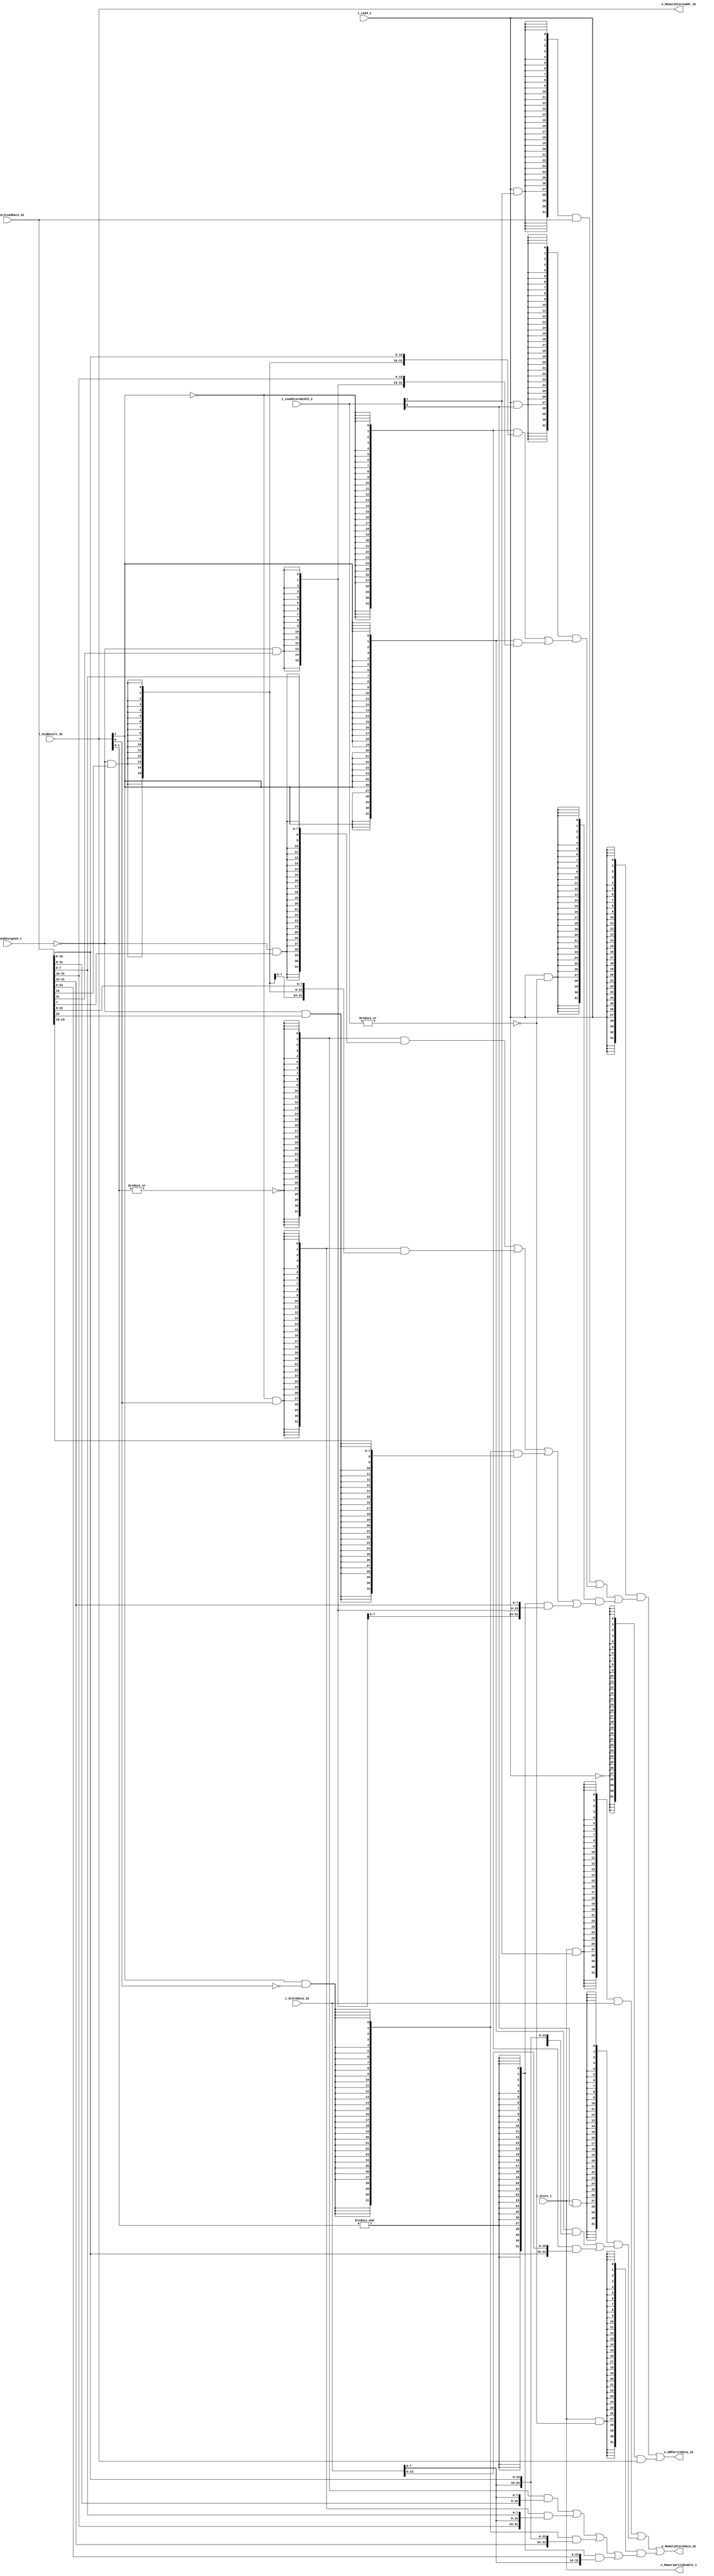
module memory(

	// ALU					(Signals input from ALU)	
	input [31:0]	i_ALUResult_32,

	// DECODE				(Signals input from DECODE)
	input			i_Load_1,
	input			i_Store_1,
	input			i_LoadUnsigned_1,
	input [ 1:0]	i_LoadStoreWidth_2,
	input [31:0]	i_StoreData_32,

	// 					(Signals input from memory)	
	input [31:0]	i_MemoryLoadData_32,
	
	// 					(Signals output to memory)
	output[31:0]	o_MemoryStoreAddr_32,
	output[31:0]	o_MemoryStoreData_32,
	output				o_MemoryWriteEnable_1,

	// WB				(Signals output to WB)
	output[31:0]	o_GRFWriteData_32
);

wire SW,SH,SB,LW,LH,LB;
wire [31:0]		SHData;
wire [31:0]		SBData;
wire [31:0]		LHData;
wire [31:0]		LBData;
wire [31:0]		DataWriteToGRF;
wire [31:0]		DataWriteToMem;
wire [31:0]		LoadData;

assign SW = i_Store_1 & i_LoadStoreWidth_2[1];
assign SH = i_Store_1 & i_LoadStoreWidth_2[0];
assign SB = i_Store_1 & ~|i_LoadStoreWidth_2;

assign LW = i_Load_1 & i_LoadStoreWidth_2[1];
assign LH = i_Load_1 & i_LoadStoreWidth_2[0];
assign LB = i_Load_1 & ~|i_LoadStoreWidth_2;

assign SHData				= {32{ i_ALUResult_32[1]}}	& {i_StoreData_32[15:0]				,i_MemoryLoadData_32[15:0]}
										| {32{~i_ALUResult_32[1]}}	& {i_MemoryLoadData_32[15:0]	,i_StoreData_32[15:0]			};

assign SBData				= {32{~|i_ALUResult_32[1:0]									}}	& {i_MemoryLoadData_32[31: 8]	,i_StoreData_32[ 7: 0]															}
										| {32{~i_ALUResult_32[1]& i_ALUResult_32[0] }}	& {i_MemoryLoadData_32[31:16]	,i_StoreData_32[ 7: 0]	,i_MemoryLoadData_32[ 7: 0]	}
										| {32{ i_ALUResult_32[1]&~i_ALUResult_32[0] }}	& {i_MemoryLoadData_32[31:24]	,i_StoreData_32[ 7: 0]	,i_MemoryLoadData_32[15: 0]	}
										| {32{&i_ALUResult_32[1:0]									}}	& {														 i_StoreData_32[ 7: 0]	,i_MemoryLoadData_32[23: 0]	};

assign LHData				= {32{~i_ALUResult_32[1]}}	& {{16{~i_LoadUnsigned_1&i_MemoryLoadData_32[15]}}	,i_MemoryLoadData_32[15: 0]	}
										| {32{ i_ALUResult_32[1]}}	& {{16{~i_LoadUnsigned_1&i_MemoryLoadData_32[31]}}	,i_MemoryLoadData_32[31:16]	};


assign LBData				= {32{~|i_ALUResult_32[1:0]					}}	& {{24{~i_LoadUnsigned_1&i_MemoryLoadData_32[ 7]}}	,i_MemoryLoadData_32[ 7: 0]	}
										| {32{~i_ALUResult_32[1]& i_ALUResult_32[0] }}	& {{24{~i_LoadUnsigned_1&i_MemoryLoadData_32[15]}}	,i_MemoryLoadData_32[15: 8]	}
										| {32{ i_ALUResult_32[1]&~i_ALUResult_32[0] }}	& {{24{~i_LoadUnsigned_1&i_MemoryLoadData_32[23]}}	,i_MemoryLoadData_32[23:16]	}
										| {32{&i_ALUResult_32[1:0]					}}	& {{24{~i_LoadUnsigned_1&i_MemoryLoadData_32[31]}}	,i_MemoryLoadData_32[31:24]	};

assign DataWriteToMem		= {32{SW}}	& i_StoreData_32
												| {32{SH}}	& SHData
												| {32{SB}}	& SBData		;

assign LoadData				= {32{LW}}	& i_MemoryLoadData_32
											| {32{LH}}	& LHData
											| {32{LB}}	& LBData		;

assign DataWriteToGRF		= {32{ i_Load_1	}} & LoadData
												| {32{~i_Load_1 }} & i_ALUResult_32		;	

assign o_MemoryStoreData_32 = DataWriteToMem;

assign o_MemoryWriteEnable_1= i_Store_1;

assign o_GRFWriteData_32		= DataWriteToGRF;
							
assign o_MemoryStoreAddr_32 = i_ALUResult_32;

endmodule